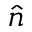
\widehat { n }